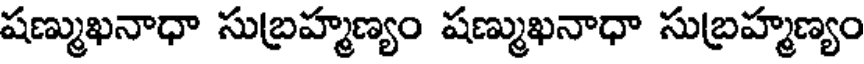
షణ్ముఖనాధా సుబ్రహ్మణ్యం షణ్ముఖనాధా సుబ్రహ్మణ్యం